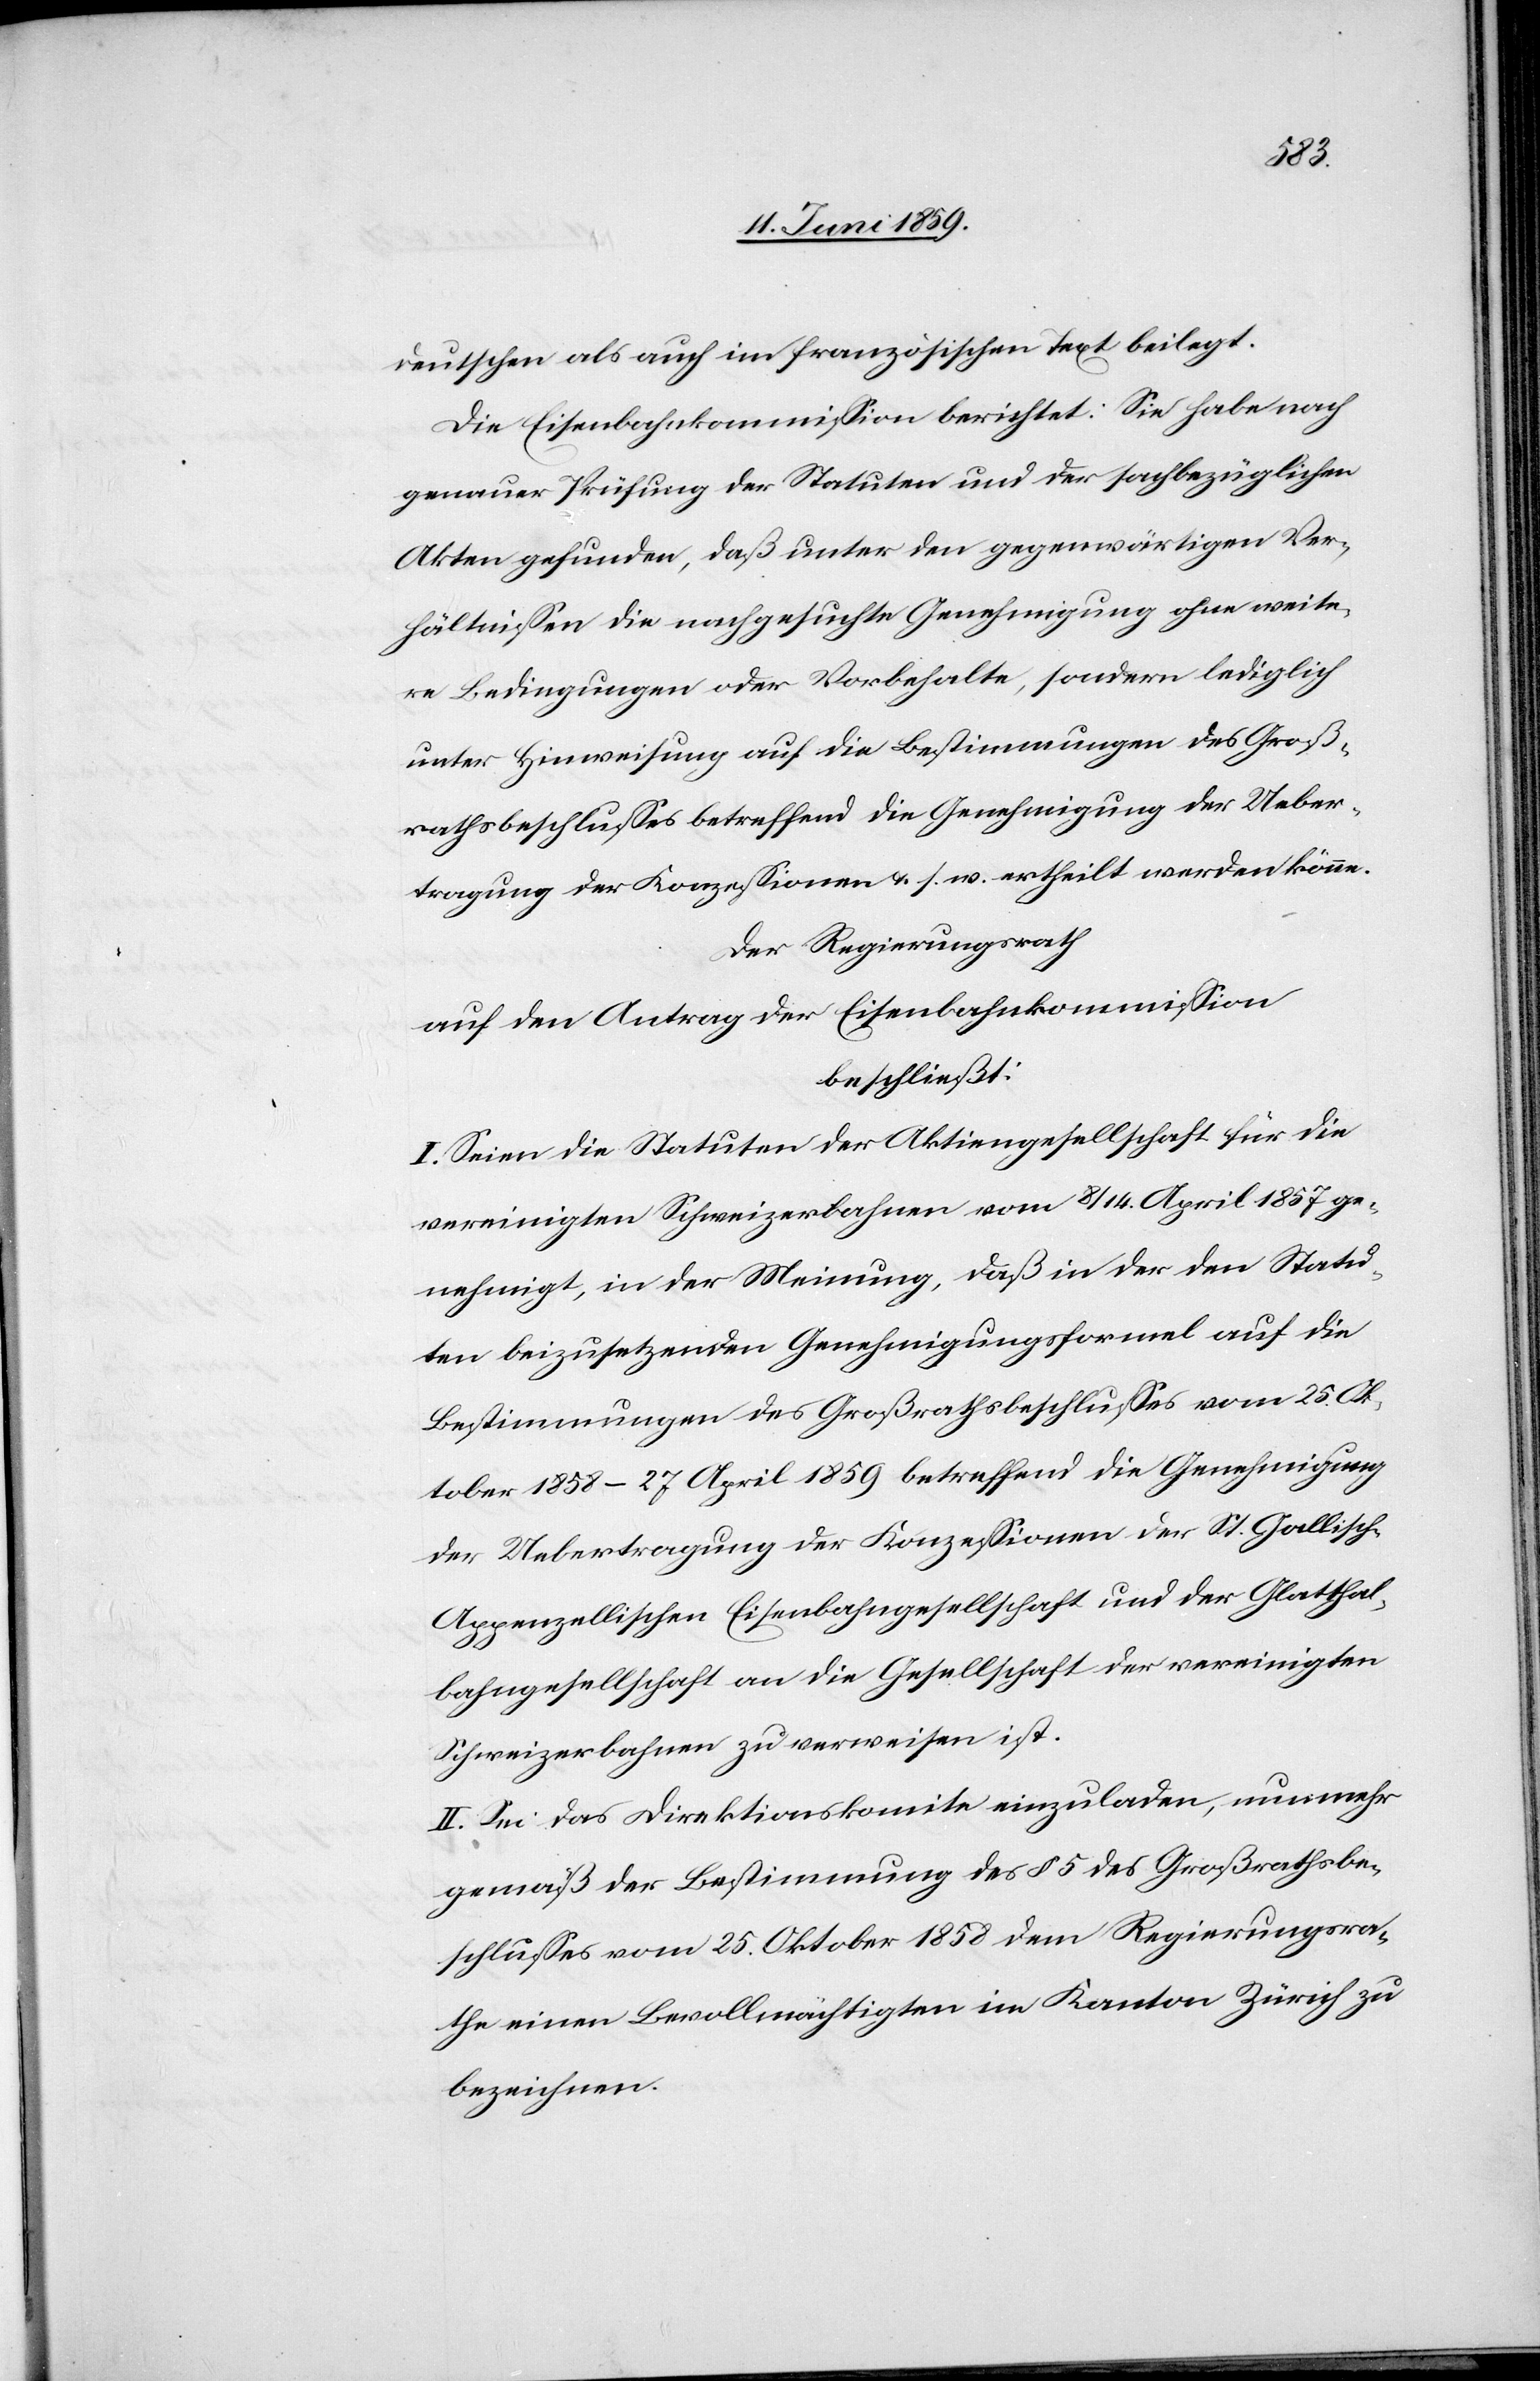
deutschen als auch im französischen Text beilegt.
Die Eisenbahnkommission berichtet: Sie habe nach
genauer Prüfung der Statuten und der sachbezüglichen
Akten gefunden, daß unter den gegenwärtigen Ver¬
hältnissen die nachgesuchte Genehmigung ohne weite¬
re Bedingungen oder Vorbehalte, sondern lediglich
unter Hinweisung auf die Bestimmungen des Groß¬
rathsbeschlusses betreffend die Genehmigung der Ueber¬
tragung der Konzessionen u. s. w. ertheilt werden könne.
Der Regierungsrath
auf den Antrag der Eisenbahnkommission
beschliesst:
I. Seien die Statuten der Aktiengesellschaft für die
vereinigten Schweizerbahnen vom 8/14. April 1857 ge¬
nehmigt, in der Meinung, daß in der den Statu¬
ten beizusetzenden Genehmigungsformel auf die
Bestimmungen des Großrathsbeschlusses vom 25. Ok¬
tober 1859 - 27 April 1858 betreffend die Genehmigung
der Uebertragung der Konzessionen der St. Gallisch-
Appenzellischen Eisenbahngesellschaft und der Glatthal¬
bahngesellschaft an die Gesellschaft der vereinigten
Schweizerbahnen zu verweisen ist.
II. Sei das Direktionskomite einzuladen, nunmehr
gemäß der Bestimmung des § 5 des Großrathsbe¬
schlusses vom 25. Oktober 1858 dem Regierungsra¬
the einen bevollmächtigten im Kanton Zürich zu
bezeichnen.